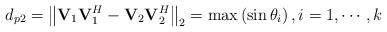
LaTeX: \begin{align*}{d_{p2}} = {\left\| {{{\bf{V}}_1}{\bf{V}}_1^H - {{\bf{V}}_2}{\bf{V}}_2^H} \right\|_2} = \max \left( {\sin {\theta _i}} \right),i = 1, \cdots ,k\end{align*}